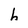
Character: h